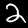
Label: 2